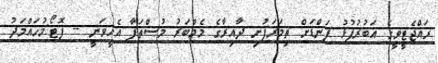
ޜައްޖެޓީވީގެ އަބުރުފުޅު ފަންޑަށް ތިމަރަފުށި ދާއިރާގެ މެމްބަރު މުސްތަފާ އެހީވަނީ -- ފޮޓޯ:މުހައްމަދު